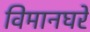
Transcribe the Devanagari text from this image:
विमानघरे